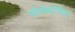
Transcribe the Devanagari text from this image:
पोपोकटेपेटल